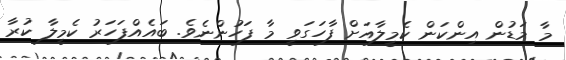
މާ މަޑުން އިންކަން ކެމީލާއަށް ފާހަގަވީ މާ ފަހުންނެވެ. ބައެއްފަހަރު ކެމީލާ ކުރާ